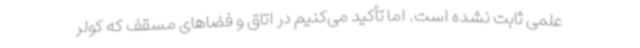
علمی ثابت نشده است. اما تأکید می‌کنیم در اتاق و فضاهای مسقف که کولر